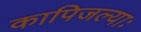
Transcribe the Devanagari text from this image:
कापिजल्याः